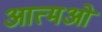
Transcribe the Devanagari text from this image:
आत्मओं